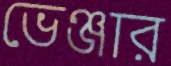
ভেঞ্জার